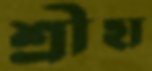
শ্রীহা